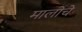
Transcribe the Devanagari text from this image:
मालोचे